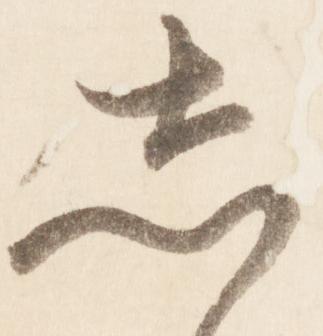
志